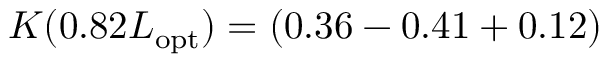
K ( 0 . 8 2 L _ { \mathrm { o p t } } ) = ( 0 . 3 6 - 0 . 4 1 + 0 . 1 2 )